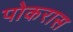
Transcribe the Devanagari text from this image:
पोकरास